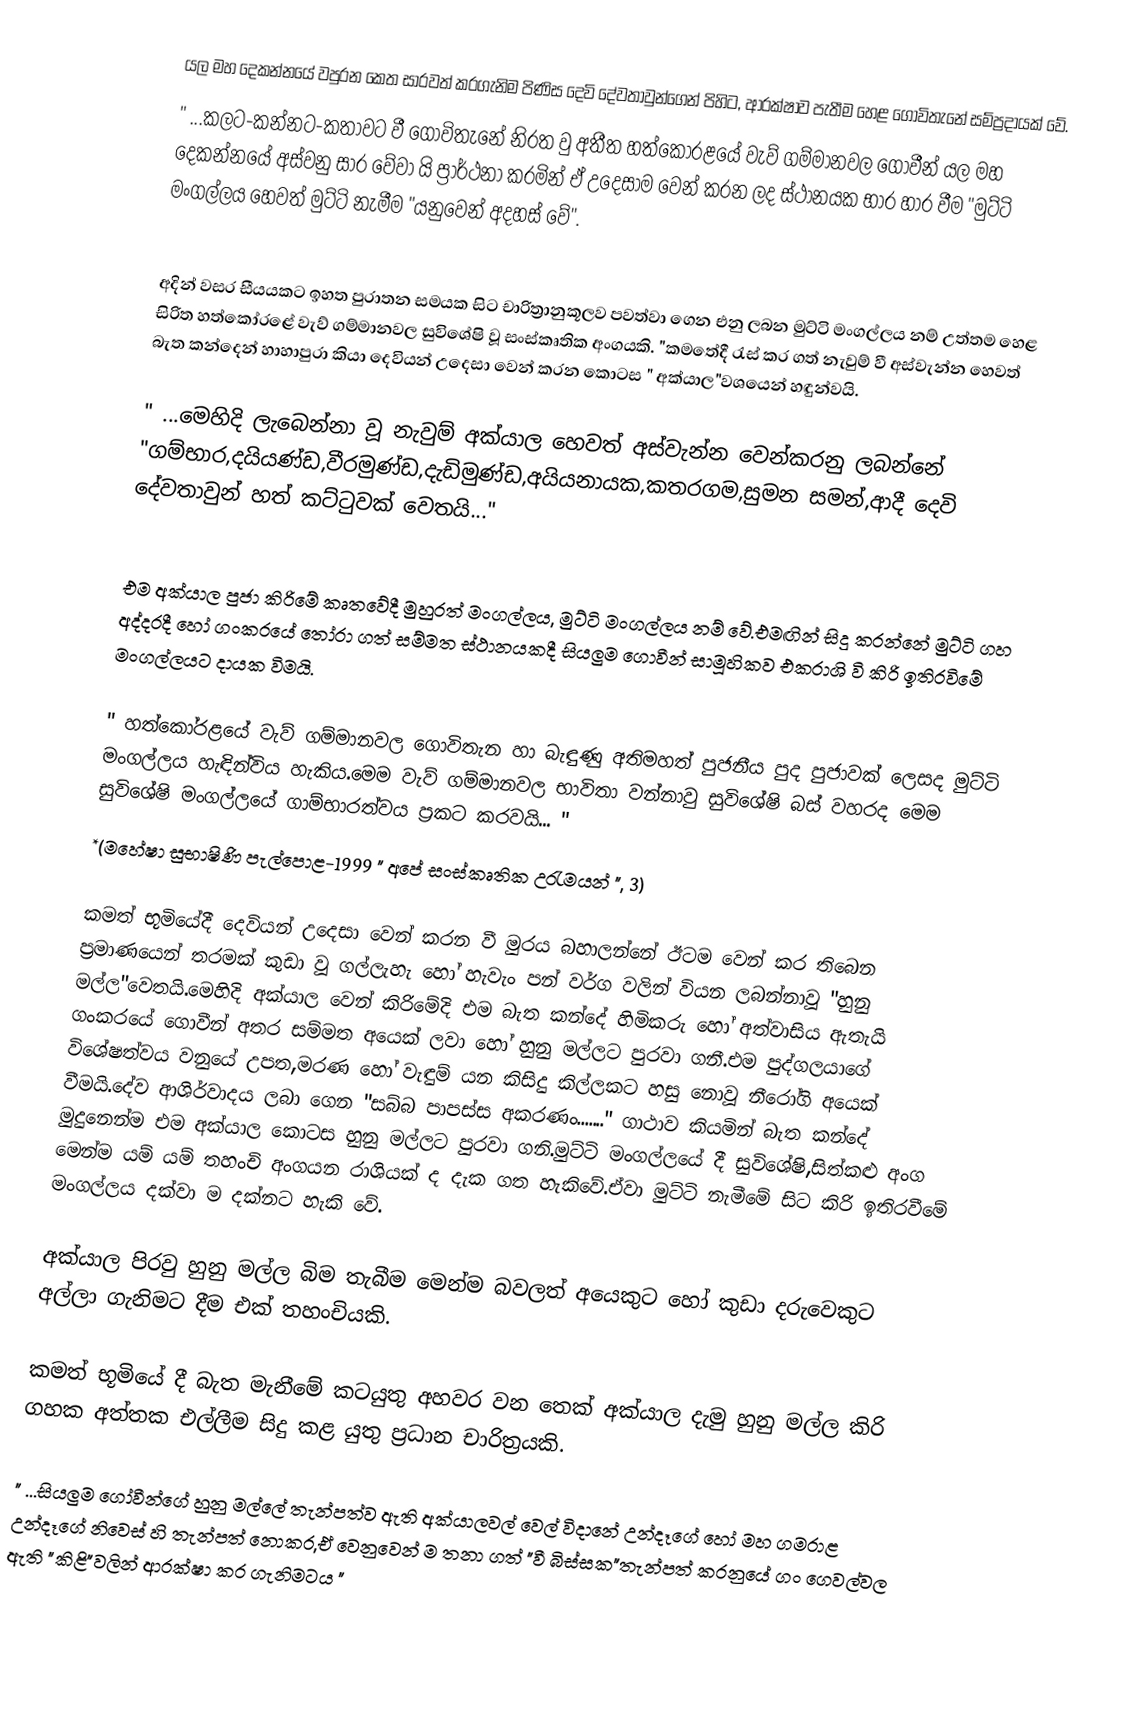
යල මහ දෙකන්නයේ වපුරන කෙත සාරවත් කරගැනිම පිණිස දෙවි දේවතාවුන්ගෙන්   පිහිට, ආරක්ෂාව පැතීම හෙළ ගොවිතැනේ සම්ප්‍රදායක් වේ.
" ...කලට-කන්නට-කතාවට වී ගොවිතැනේ නිරත වු අතීත හත්කෝරළයේ වැව් ගම්මානවල ගොවීන් යල මහ දෙකන්නයේ අස්වනු සාර වේවා යි ප්‍රාර්ථනා කරමින් ඒ උදෙසාම වෙන් කරන ලද ස්ථානයක භාර හාර වීම   "මුට්ටි මංගල්ලය හෙවත් මුට්ටි නැමීම "යනුවෙන් අදහස් වේ".

අදින් වසර සීයයකට ඉහත පුරාතන සමයක සිට චාරිත්‍රානුකූලව පවත්වා ගෙන එනු ලබන මුට්ටි මංගල්ලය නම් උත්තම හෙළ සිරිත හත්කෝරළේ වැව් ගම්මානවල සුවිශේෂි වූ සංස්කෘතික අංගයකි. "කමතේදී රැස් කර ගත් නැවුම් වී අස්වැන්න හෙවත් බැත කන්දෙන් හාහාපුරා කියා දෙවියන් උදෙසා ‍වෙන් කරන කොටස  " අක්යාල"වශයෙන් හඳුන්වයි.

" ...මෙහිදි ලැබෙන්නා වූ නැවුම් අක්යාල හෙවත් අස්වැන්න වෙන්කරනු ලබන්නේ "ගම්භාර,දයියණ්ඩ,වීරමුණ්ඩ,දැඩිමුණ්ඩ,අයියනායක,කතරගම,සුමන සමන්,ආදී දෙවි දේවතාවුන් හත් කට්ටුවක් වෙතයි..."

එම අක්යාල පුජා කිරිමේ කෘතවේදී මුහුරත් මංගල්ලය, මුට්ටි මංගල්ලය නම් වේ.එමඟින්  සිදු කරන්නේ මුට්ටි ගහ අද්දරදී හෝ ගංකරයේ තෝරා ගත් සම්මත ස්ථානයකදී සියලුම ගොවීන් සාමූහිකව එකරාශි වි කිරි ඉතිරවිමේ මංගල්ලයට දායක විමයි.

" හත්කෝරළයේ වැව් ගම්මානවල ගොවිතැන හා බැඳුණු  අතිමහත්  පුජනීය පුද පුජාවක් ලෙසද මුට්ටි මංගල්ලය හැඳින්විය හැකිය.මෙම වැව් ගම්මානවල භාවිතා වන්නාවු සුවි‍ශේෂි බස් වහරද මෙම සුවිශේෂි මංගල්ලයේ ගාම්භාරත්වය ප්‍රකට කරවයි... "
 *(මහේෂා සුභාෂිණි පැල්පොළ-1999 " අපේ සංස්කෘතික උරැමයන් ", 3)

කමත් භූමියේදී දෙවියන් උදෙසා වෙන් කරන වී මුරය බහාලන්නේ ඊටම වෙන් කර තිබෙන ප්‍රමාණයෙන් තරමක් කුඩා වූ ගල්ලැහැ හෝ හැවැං පන් වර්ග වලින් වියන ලබන්නාවූ "හුනු මල්ල"වෙතයි.මෙහිදි අක්යාල වෙන් කිරිමේදි එම බැත කන්දේ හිමිකරු හෝ අත්වාසිය ඇතැයි ගංකරයේ ගොවීන් අතර සම්මත අයෙක් ලවා හෝ හුනු මල්ලට පුරවා ගනී.එම පුද්ගලයාගේ විශේෂත්වය වනුයේ උපත,මරණ හෝ වැඳුම් යන කිසිදු කිල්ලකට හසු නොවූ නීරෝගි අයෙක් වීමයි.දේව ආශිර්වාදය ලබා ගෙන "සබ්බ පාපස්ස අකරණං......." ගාථාව කියමින් බැත කන්දේ මුදුනෙන්ම එම අක්යාල කොටස හුනු මල්ලට පුරවා ගනි.මුට්ටි මංගල්ලයේ දී සුවිශේෂි,සිත්කළු‍ අංග මෙන්ම යම් යම් තහංචි අංගයන රාශියක් ද දැක ගත හැකිවේ.ඒවා මුට්ටි නැමීමේ සිට කිරි ඉතිරවීමේ මංගල්ලය දක්වා ම දක්නට හැකි වේ.

අක්යාල පිරවු හුනු මල්ල බිම තැබීම මෙන්ම බවලත් අයෙකුට හෝ කුඩා දරුවෙකුට අල්ලා ගැනිමට දීම එක් තහංචියකි.

කමත් භූමියේ දී බැත මැනීමේ කටයුතු අහවර වන තෙක්  අක්යාල දැමු හුනු මල්ල කිරි ගහක අත්තක එල්ලීම සිදු කළ යුතු ප්‍රධාන චාරිත්‍රයකි.

 " ...සියලුම ගෝවීන්ගේ හුනු මල්ලේ තැන්පත්ව ඇති අක්යාලවල් වෙල් විදානේ උන්දෑගේ හෝ මහ ගමරාළ උන්දෑගේ නිවෙස් හි තැන්පත් නොකර,ඒ වෙනුවෙන් ම තනා ගත් "වී බිස්සක"තැන්පත් කරනුයේ ගං ගෙවල්වල ඇති  "කිළි"වලින් ආරක්ෂා කර ගැනිමටය "